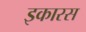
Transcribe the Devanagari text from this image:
इकारस